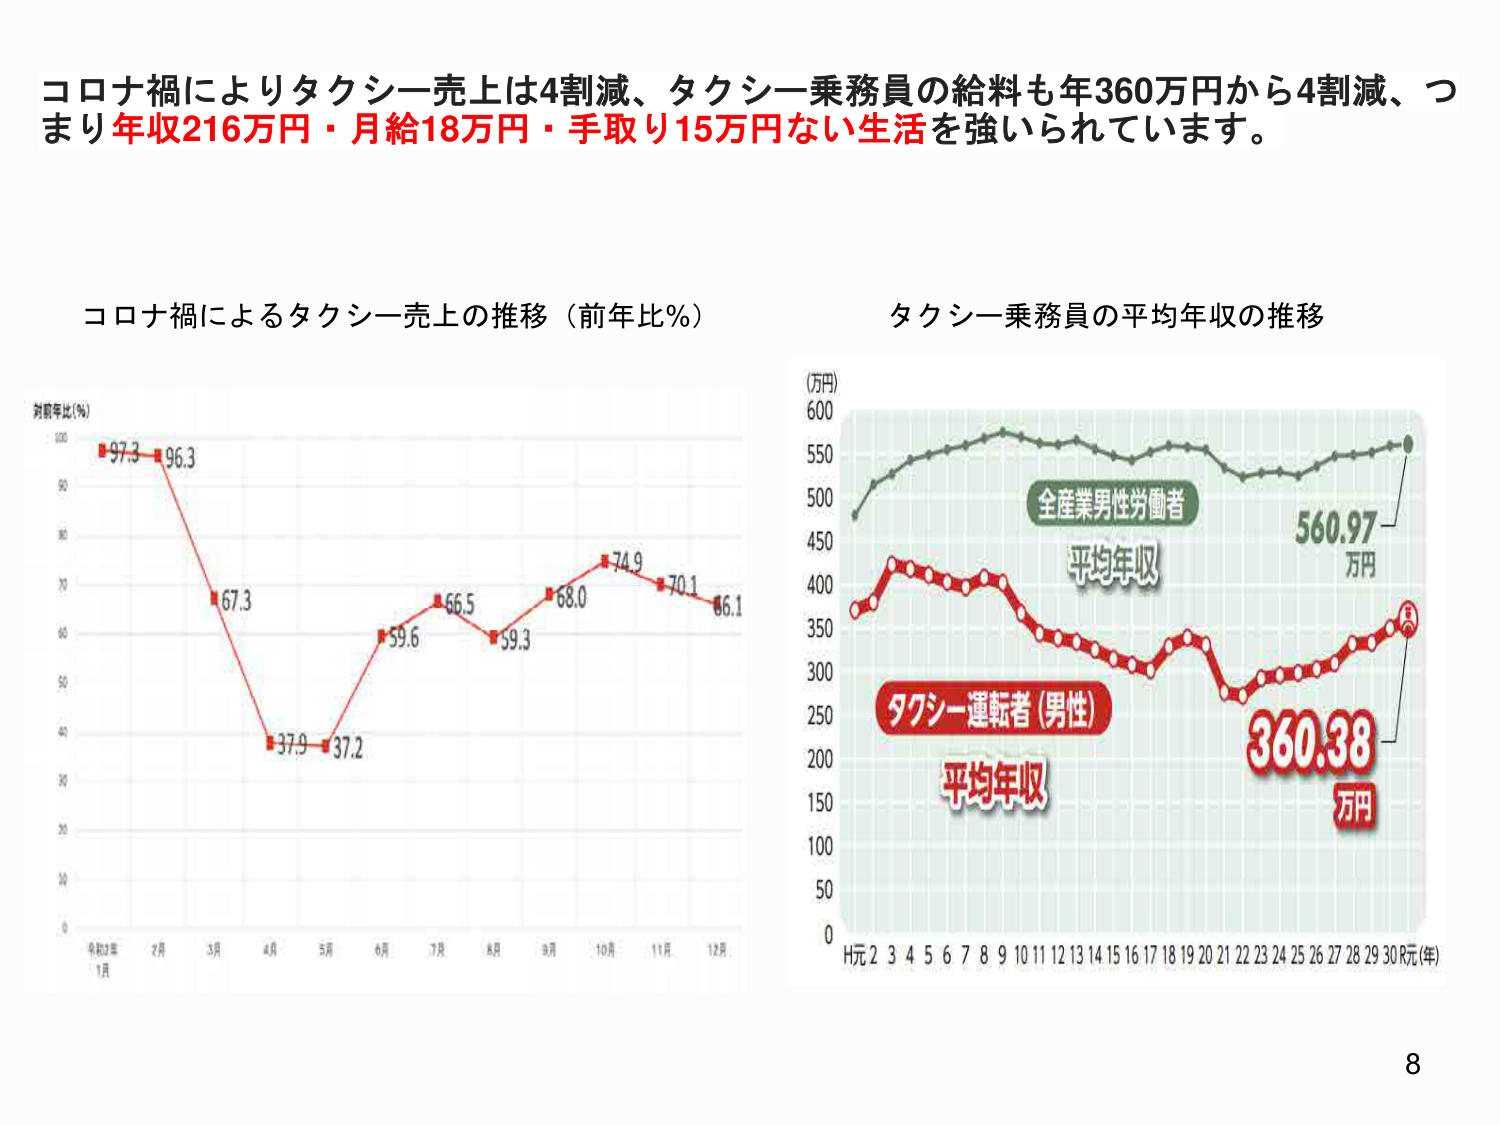
コロナ禍によりタクシー売上は4割減、タクシー乗務員の給料も年360万円から4割減、つまり年収216万円・月給18万円・手取り15万円ない生活を強いられています。

コロナ禍によるタクシー売上の推移（前年比％）

対前年比（％）
100
97.3 96.3
90
80
70
67.3
60
59.6 66.5 68.0 74.9 70.1 66.1
50
40
37.9 37.2
30
20
10
0
令和2年
1月 2月 3月 4月 5月 6月 7月 8月 9月 10月 11月 12月

タクシー乗務員の平均年収の推移

（万円）
600
550
500
450
400
350
300
250
200
150
100
50
0
H元 2 3 4 5 6 7 8 9 10 11 12 13 14 15 16 17 18 19 20 21 22 23 24 25 26 27 28 29 30 R元（年）

全産業男性労働者
平均年収
560.97
万円

タクシー運転者（男性）
平均年収
360.38
万円

8